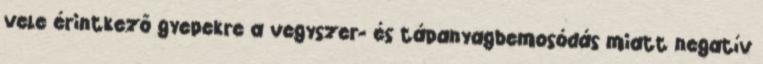
vele érintkező gyepekre a vegyszer- és tápanyagbemosódás miatt negatív